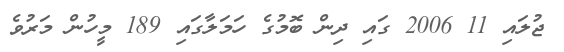
ޖުލައި 11 2006 ގައި ދިން ބޮމުގެ ހަމަލާގައި 189 މީހުން މަރުވެ